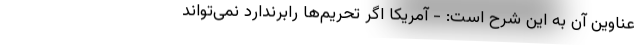
عناوین آن به این شرح است: - آمریکا اگر تحریم‌ها رابرندارد نمی‌تواند